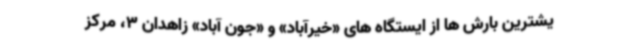
یشترین بارش ها از ایستگاه های «خیرآباد» و «جون آباد» زاهدان 3، مرکز